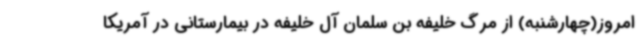
امروز(چهارشنبه) از مرگ خلیفه بن سلمان آل خلیفه در بیمارستانی در آمریکا